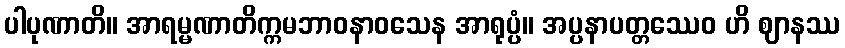
ပါပုဏာတိ။ အာရမ္မဏာတိက္ကမဘာဝနာဝသေန အာရုပ္ပံ။ အပ္ပနာပတ္တဿေဝ ဟိ ဈာနဿ